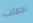
تحملت